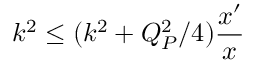
k ^ { 2 } \le ( k ^ { 2 } + Q _ { P } ^ { 2 } / 4 ) { \frac { x ^ { \prime } } { x } }